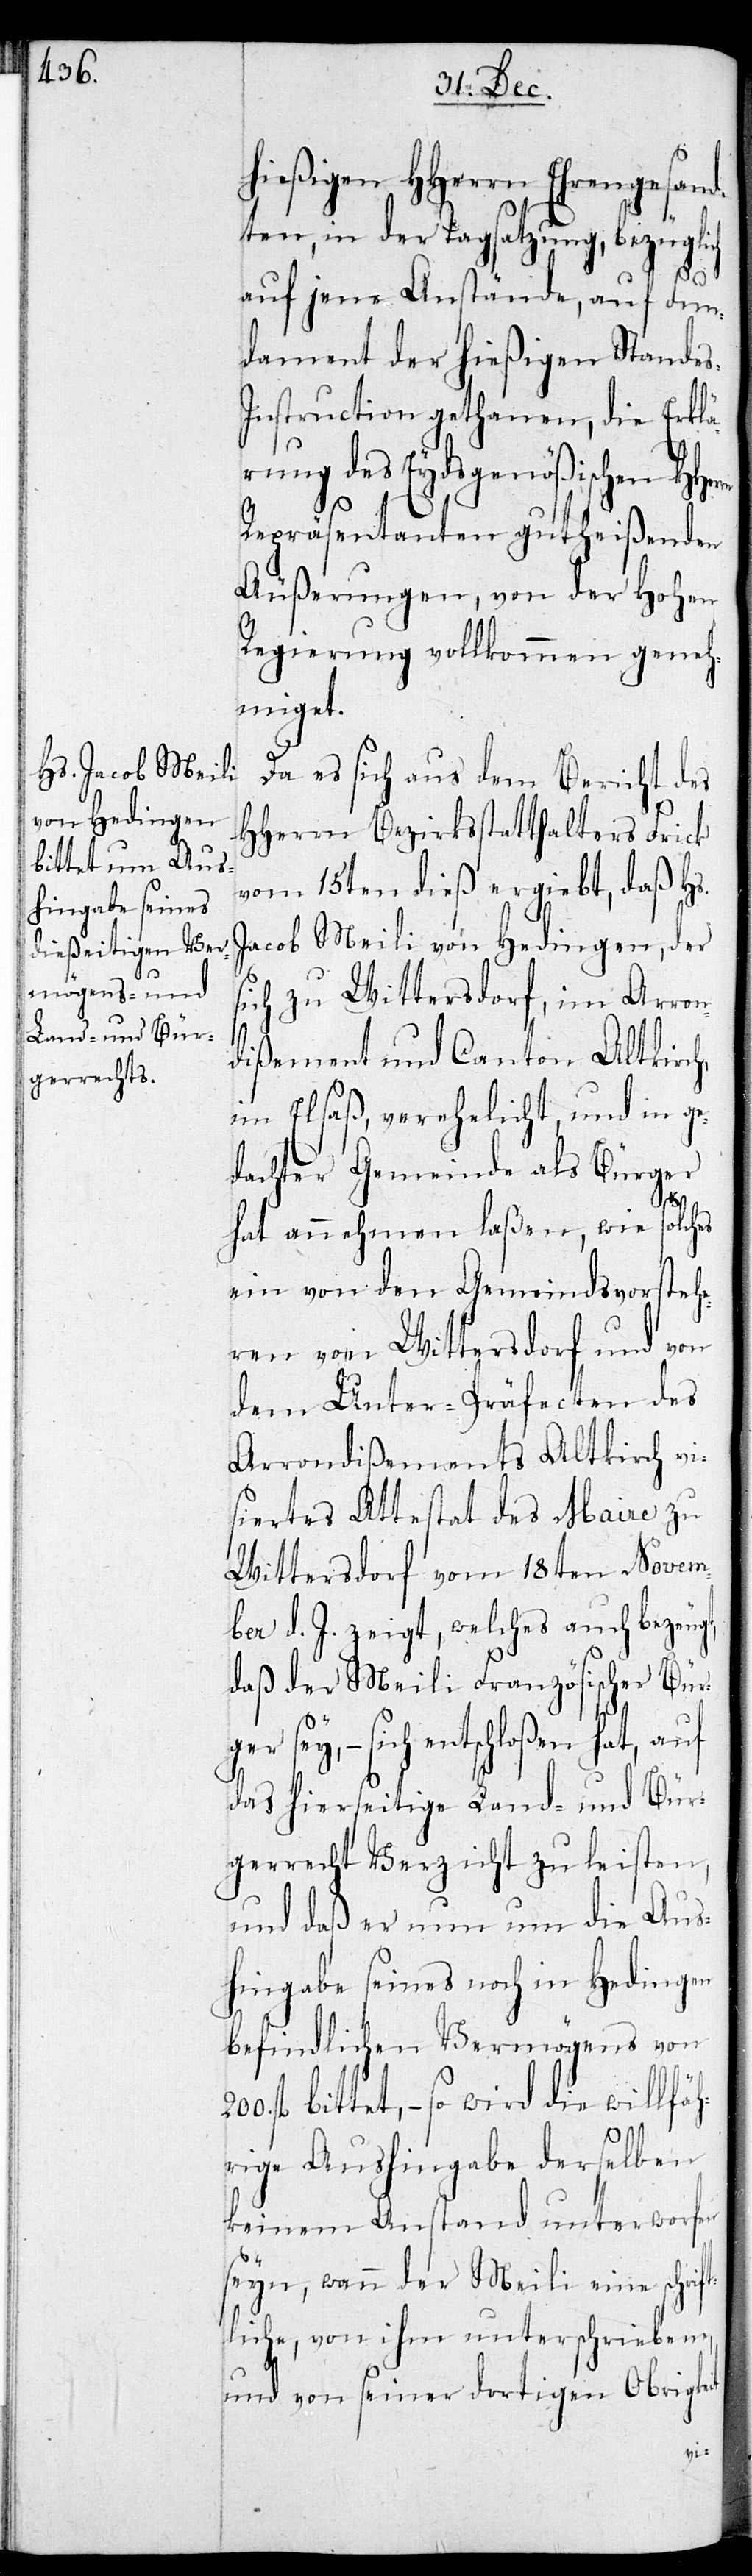
hießigen HHerrn Ehrengesand¬
ten, in der Tagsatzung, bezüglich
auf jene Anstände, auf Fun¬
dament der hießigen Stande¬
nstruction gethanen, die Erklä¬
rung des Eydsgenößischen H¬
Repräsentanten gutheißenden
Äußerungen, von der Hohen
Regierung vollkommen geneh¬
miget.
Da es sich aus dem Bericht des
HHerrn Bezirksstatthalter Frick
vom 15ten dieß ergiebt, daß Hs.
Jacob Meili von Hedingen, der
sich zu Wittersdorf, im Arron¬
t,
dißement und Canton Altkirch,
im Elsaß, verehelicht und in ge¬
dachter Gemeinde als Bürger
fl.
hat annehmen laßen, wie solches
ein von den Gemeindsvorsteh¬
eren von Wittersdorf und von
dem Unter-Präfecten des
Arrondißements Altkirch vi¬
siertes Attestat des Maire zu
Wittensdorf vom 18ten Novem¬
ber d. J. zeigt, welches auch bezeug¬
daß der Meili Französischer Bür¬
sey, – sich entschloßen hat, auf
das hierseitige Land- und Bür¬
gerrecht Verzicht zu leisten,
und daß er nun um die Aus¬
hingabe seines noch in Hedingen
befindlichen Vermögens von
bittet, – so wird die willfäh¬
rige Aushingabe derselben
keinem Anstand unterworfen
seyn, wann der Meili eine schrif¬
tliche, von ihm unterschriebene,
und von seiner dortigen Obrigkeit
ger